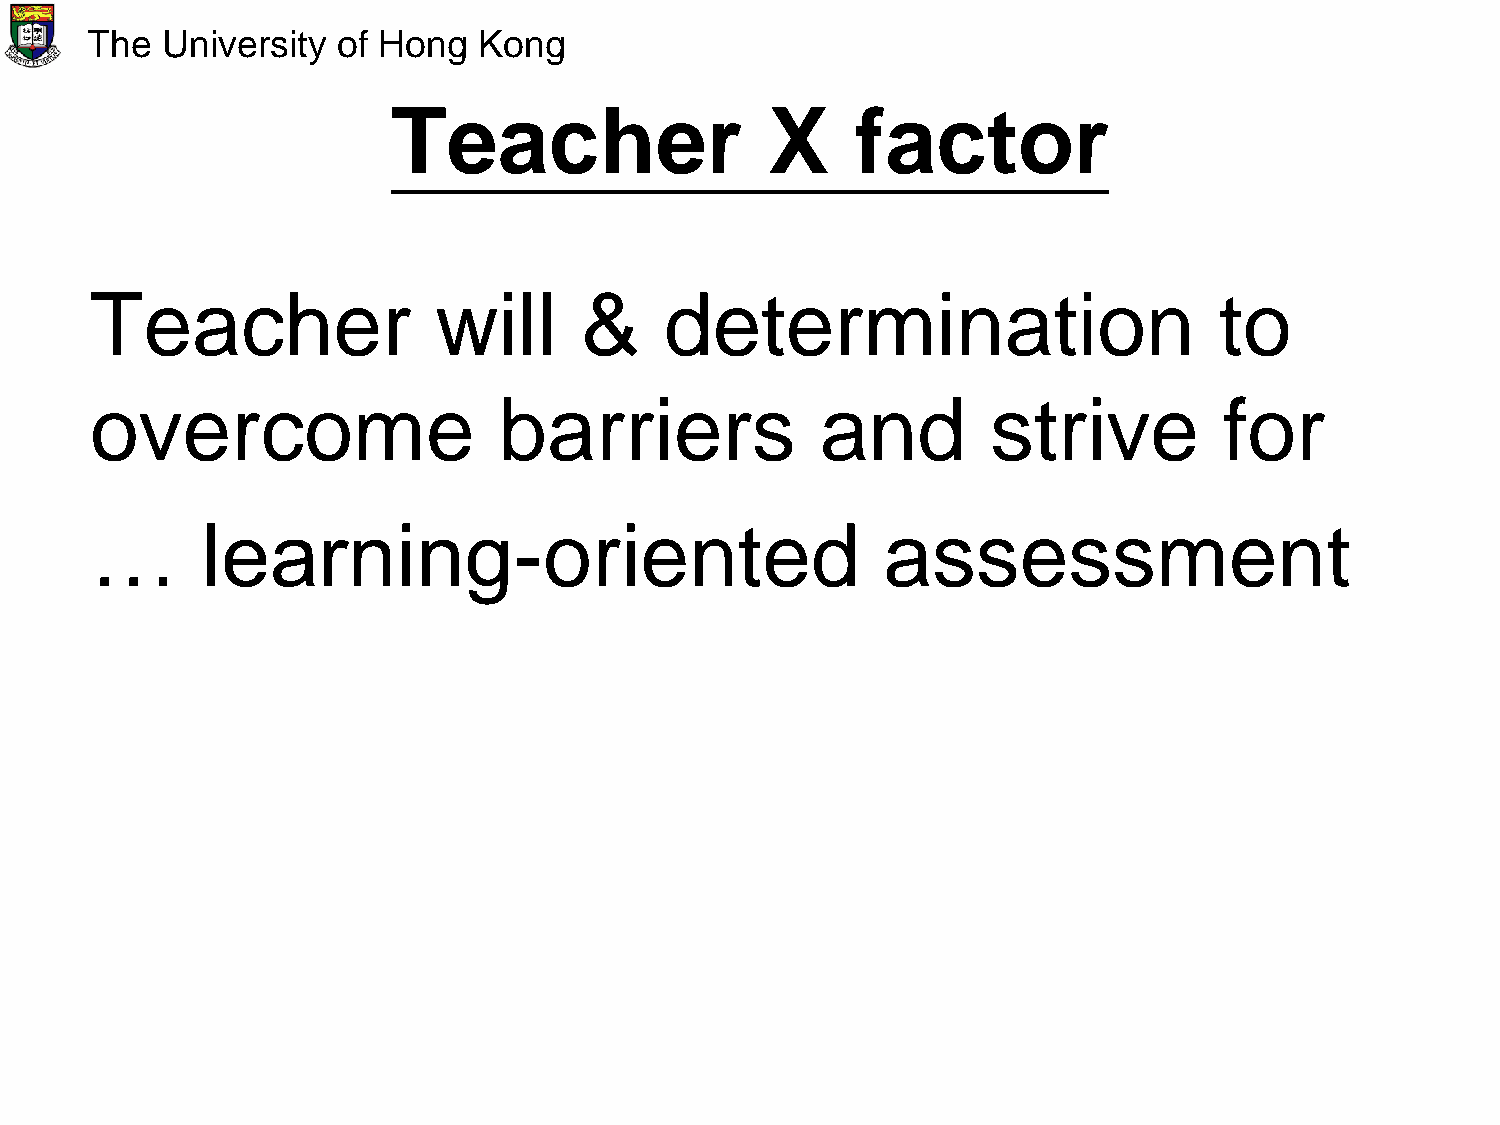
The  University of Hong   Kong
 Teacher                  X     factor
 Teacher                will     &     determination                        to
 overcome                   barriers             and         strive         for
 …      learning-oriented                            assessment